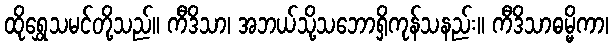
ထိုရွှေသမင်တို့သည်။ ကီဒိသာ၊ အဘယ်သို့သဘောရှိကုန်သနည်း။ ကီဒိသာဓမ္မိကာ၊